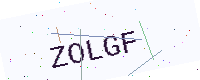
Text: ZOLGF